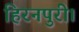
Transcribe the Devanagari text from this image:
हिरनपुरी।